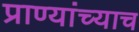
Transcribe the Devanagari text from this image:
प्राण्यांच्याच